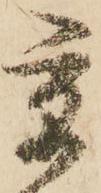
京